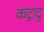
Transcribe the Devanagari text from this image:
कट्रादु